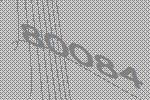
80084